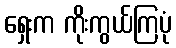
ရှေးက ကိုးကွယ်ကြပုံ